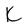
Character: k